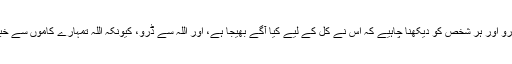
اللہ سے ڈرو اور ہر شخص کو دیکھنا چاہیے کہ اس نے کل کے لیے کیا آگے بھیجا ہے، اور اللہ سے ڈرو، کیونکہ اللہ تمہارے کاموں سے خبردار ہے۔